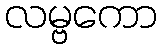
လမ္ဗကော